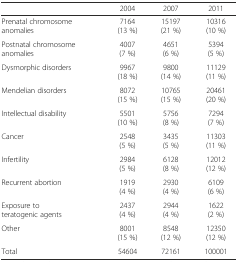
<table><thead><tr><td></td><td><b>2004</b></td><td><b>2007</b></td><td><b>2011</b></td></tr></thead><tbody><tr><td>Prenatal chromosome anomalies</td><td>7164 (13 %)</td><td>15197 (21 %)</td><td>10316 (10 %)</td></tr><tr><td>Postnatal chromosome anomalies</td><td>4007 (7 %)</td><td>4651 (6 %)</td><td>5394 (5 %)</td></tr><tr><td>Dysmorphic disorders</td><td>9967 (18 %)</td><td>9800 (14 %)</td><td>11129 (11 %)</td></tr><tr><td>Mendelian disorders</td><td>8072 (15 %)</td><td>10765 (15 %)</td><td>20461 (20 %)</td></tr><tr><td>Intellectual disability</td><td>5501 (10 %)</td><td>5756 (8 %)</td><td>7294 (7 %)</td></tr><tr><td>Cancer</td><td>2548 (5 %)</td><td>3435 (5 %)</td><td>11303 (11 %)</td></tr><tr><td>Infertility</td><td>2984 (5 %)</td><td>6128 (8 %)</td><td>12012 (12 %)</td></tr><tr><td>Recurrent abortion</td><td>1919 (4 %)</td><td>2930 (4 %)</td><td>6109 (6 %)</td></tr><tr><td>Exposure to teratogenic agents</td><td>2437 (4 %)</td><td>2944 (4 %)</td><td>1622 (2 %)</td></tr><tr><td>Other</td><td>8001 (15 %)</td><td>8548 (12 %)</td><td>12350 (12 %)</td></tr><tr><td>Total</td><td>54604</td><td>72161</td><td>100001</td></tr></tbody></table>